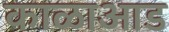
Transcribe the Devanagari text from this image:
काळाआड